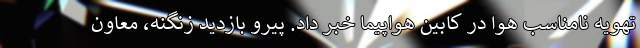
تهویه نامناسب هوا در کابین هواپیما خبر داد. پیرو بازدید زنگنه، معاون